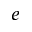
e